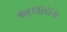
અલાયક